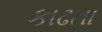
કાઢતા